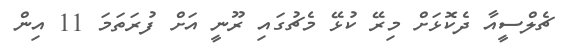
ޗެލްސީއާ ދެކޮޅަށް މިރޭ ކުޅޭ މެޗުގައި ރޫނީ އަށް ފުރަތަމަ 11 އިން